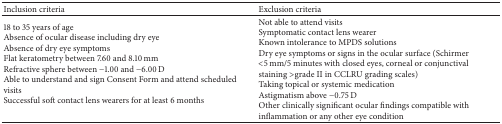
<table><thead><tr><td><b>Inclusion criteria</b></td><td><b>Exclusion criteria</b></td></tr></thead><tbody><tr><td>18 to 35 years of ageAbsence of ocular disease including dry eyeAbsence of dry eye symptoms Flat keratometry between 7.60 and 8.10 mmRefractive sphere between −1.00 and −6.00 D Able to understand and sign Consent Form and attend scheduled visitsSuccessful soft contact lens wearers for at least 6 months</td><td>Not able to attend visitsSymptomatic contact lens wearerKnown intolerance to MPDS solutionsDry eye symptoms or signs in the ocular surface (Schirmer &lt;5 mm/5 minutes with closed eyes, corneal or conjunctival staining &gt;grade II in CCLRU grading scales)Taking topical or systemic medicationAstigmatism above −0.75 D Other clinically significant ocular findings compatible with inflammation or any other eye condition</td></tr></tbody></table>